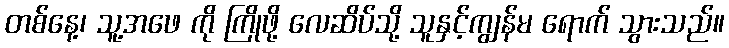
တစ်နေ့၊ သူ့အဖေ ကို ကြိုဖို့ လေဆိပ်သို့ သူနှင့်ကျွန်မ ရောက် သွားသည်။